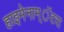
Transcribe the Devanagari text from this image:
हाइमेनाम्‌ॅटरा